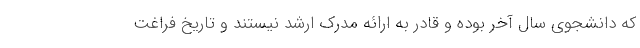
که دانشجوی سال آخر بوده و قادر به ارائه مدرک ارشد نیستند و تاریخ فراغت